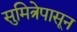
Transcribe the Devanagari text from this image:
सुमित्रेपासून